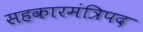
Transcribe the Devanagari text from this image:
सहकारमंत्रिपद